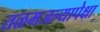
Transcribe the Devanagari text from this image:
तळमजल्यापेक्षा